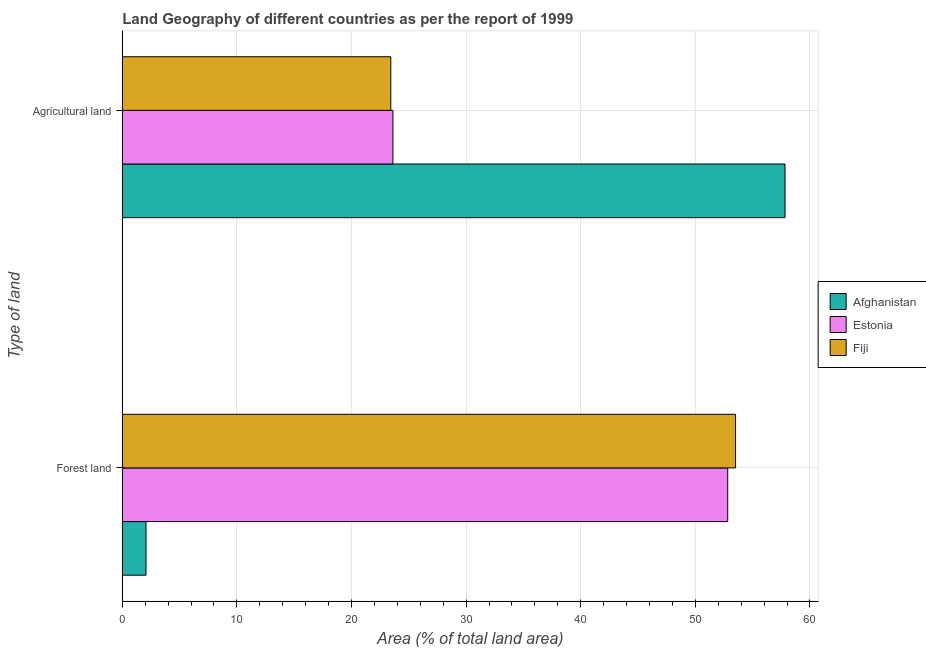
| Type of land | Afghanistan | Estonia | Fiji |
 | --- | --- | --- | --- |
 | Forest land | 2.07 | 52.8 | 53.5 |
 | Agricultural land | 57.8 | 23.6 | 23.4 |